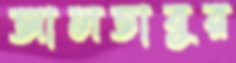
আলতাবুর